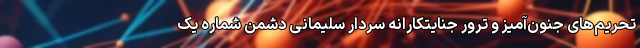
تحریم‌های جنون‌آمیز و ترور جنایتکارانه سردار سلیمانی دشمن شماره یک